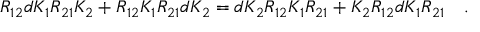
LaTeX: R _ { 1 2 } d K _ { 1 } R _ { 2 1 } K _ { 2 } + R _ { 1 2 } K _ { 1 } R _ { 2 1 } d K _ { 2 } = d K _ { 2 } R _ { 1 2 } K _ { 1 } R _ { 2 1 } + K _ { 2 } R _ { 1 2 } d K _ { 1 } R _ { 2 1 } \quad .